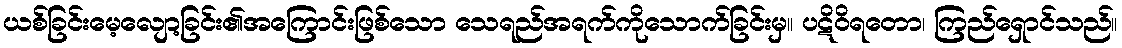
ယစ်ခြင်းမေ့လျော့ခြင်း၏အကြောင်းဖြစ်သော သေရည်အရက်ကိုသောက်ခြင်းမှ။ ပဋိဝိရတော၊ ကြည်ရှောင်သည်။